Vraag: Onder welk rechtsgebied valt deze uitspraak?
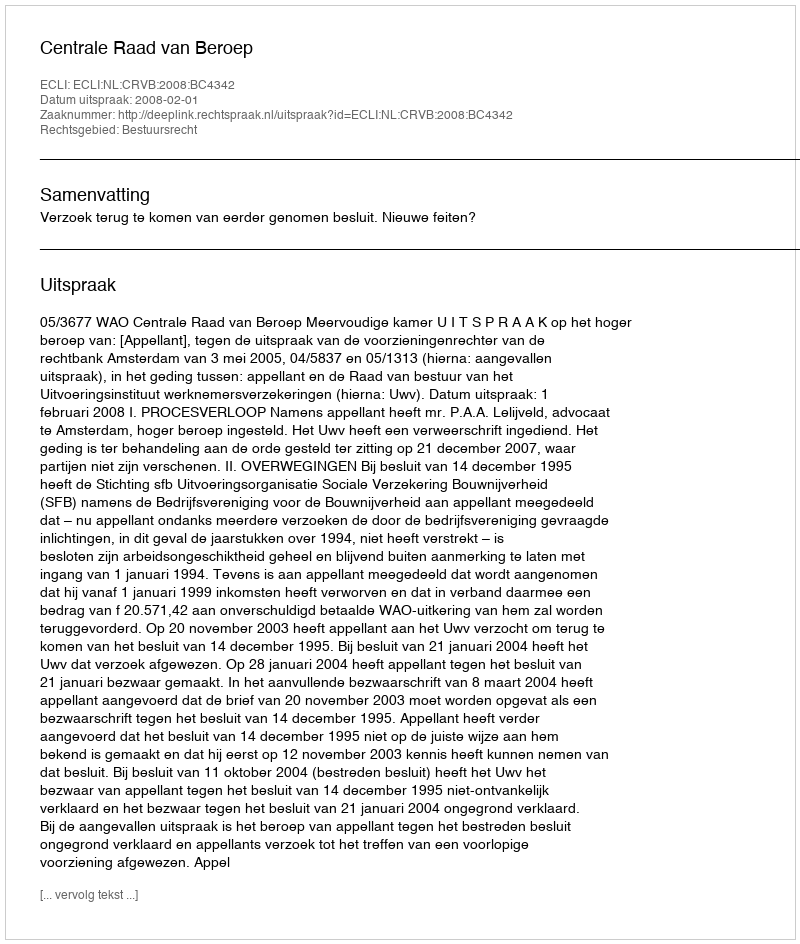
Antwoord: Bestuursrecht